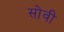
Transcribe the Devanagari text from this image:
सोवी